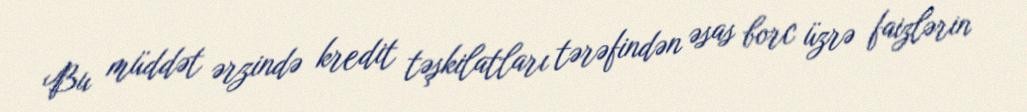
Bu müddət ərzində kredit təşkilatları tərəfindən əsas borc üzrə faizlərin